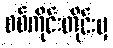
စစ်ကိုင်းတိုင်းမှ